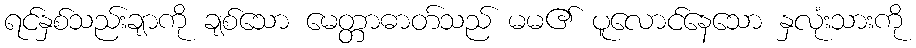
ရင်နှစ်သည်းချာကို ချစ်သော မေတ္တာဓာတ်သည် မမ၏ ပူလောင်နေသော နှလုံးသားကို